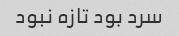
سرد بود تازه نبود